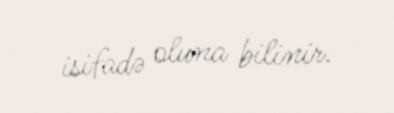
isifadə oluna bilinir.